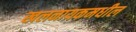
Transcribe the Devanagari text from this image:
खलनायकमधील